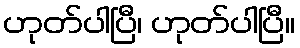
ဟုတ်ပါပြီ၊ ဟုတ်ပါပြီ။